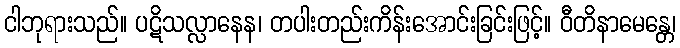
ငါဘုရားသည်။ ပဋိသလ္လာနေန၊ တပါးတည်းကိန်းအောင်းခြင်းဖြင့်။ ဝီတိနာမေန္တေ၊